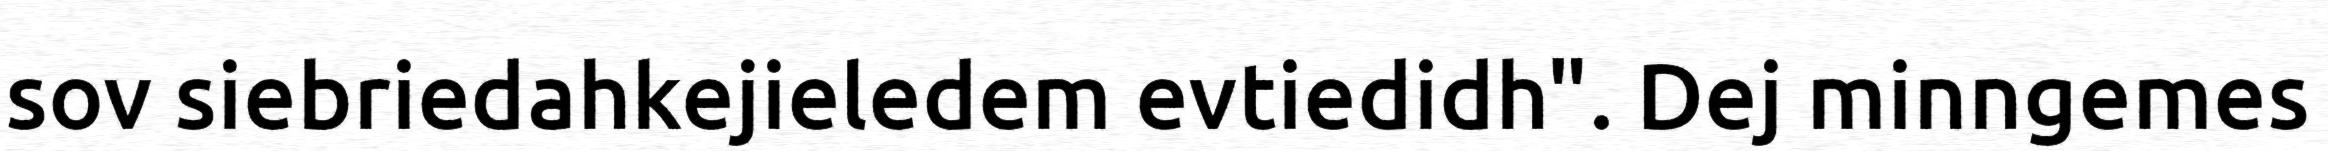
sov siebriedahkejieledem evtiedidh". Dej minngemes